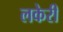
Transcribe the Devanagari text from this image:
लकेरी